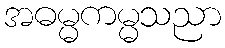
အဓမ္မကမ္မသညာ